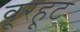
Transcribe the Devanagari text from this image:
वूरहूट